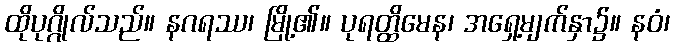
ထိုပုဂ္ဂိုလ်သည်။ နဂရဿ၊ မြို့၏။ ပုရတ္ထိမေန၊ အရှေ့မျက်နှာ၌။ နဝံ၊